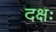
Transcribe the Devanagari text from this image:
दक्षः